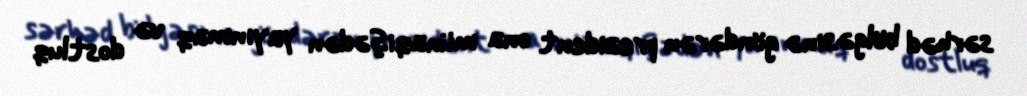
sərhəd bölgəsinə göndərən prezident ona münaqişədən yayınmaq və dostluq